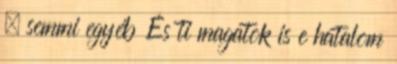
– semmi egyéb És ti magatok is e hatalom